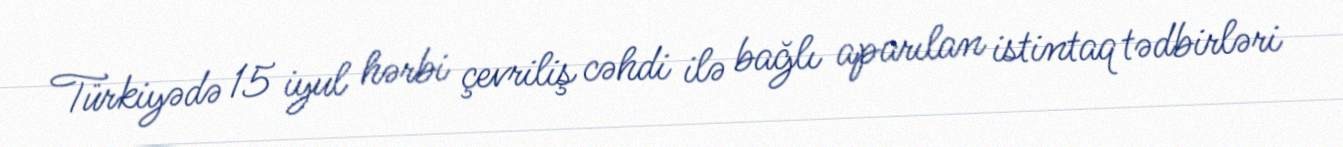
Türkiyədə 15 iyul hərbi çevriliş cəhdi ilə bağlı aparılan istintaq tədbirləri